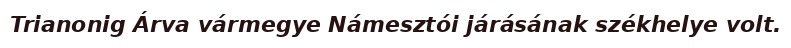
Trianonig Árva vármegye Námesztói járásának székhelye volt.